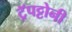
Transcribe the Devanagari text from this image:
ट्रॅपट्टोनी